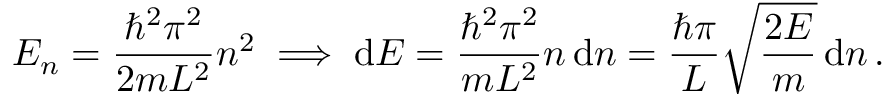
E _ { n } = { \frac { \hbar ^ { 2 } \pi ^ { 2 } } { 2 m L ^ { 2 } } } n ^ { 2 } \implies \operatorname { d } \! E = { \frac { \hbar ^ { 2 } \pi ^ { 2 } } { m L ^ { 2 } } } n \operatorname { d } \! n = { \frac { \hbar \pi } { L } } { \sqrt { \frac { 2 E } { m } } } \operatorname { d } \! n \, .